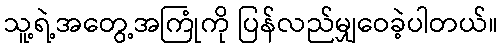
သူ့ရဲ့အတွေ့အကြုံကို ပြန်လည်မျှဝေခဲ့ပါတယ်။